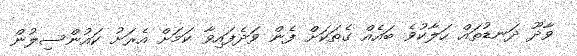
ވާދޫ ދަނޑުތައް ހަލާކުވެ ބައެއް ގެތަކަށް ފެން ވަދެފައިވާ ކަމަށް އެރަށު ކައުންސިލުން